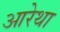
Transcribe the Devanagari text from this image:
आरेथा